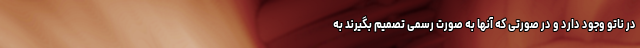
در ناتو وجود دارد و در صورتی که آنها به صورت رسمی تصمیم بگیرند به